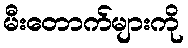
မီးတောက်များကို